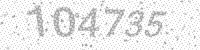
Solution: 104735